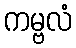
ကမ္ဗလံ